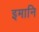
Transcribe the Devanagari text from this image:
इमानि